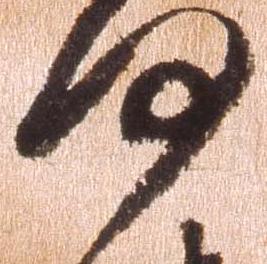
何